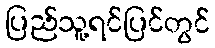
ပြည်သူ့ရင်ပြင်တွင်